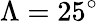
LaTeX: \Lambda=25^{\circ}